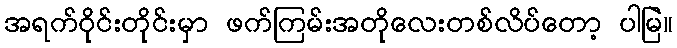
အရက်ဝိုင်းတိုင်းမှာ ဖက်ကြမ်းအတိုလေးတစ်လိပ်တော့ ပါမြဲ။